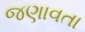
જણાવતા